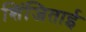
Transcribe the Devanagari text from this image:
शिंजिताई